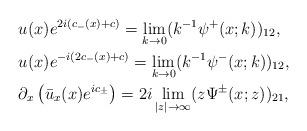
LaTeX: \begin{align*}&u(x)e^{2i(c_-(x)+c)}=\lim _{k\rightarrow 0}(k^{-1}\psi^+(x;k))_{12},\\&u(x)e^{-i(2c_-(x)+c)}=\lim _{k\rightarrow 0}(k^{-1}\psi^-(x;k))_{12},\\&\partial_x\left(\bar{u}_x(x) e^{ic_\pm}\right)=2 i \lim _{|z| \rightarrow \infty} (z \Psi^{\pm}(x;z))_{21}, \end{align*}